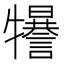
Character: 𤜈